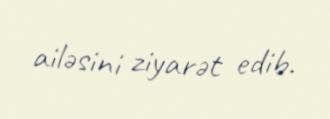
ailəsini ziyarət edib.